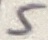
Text: 5